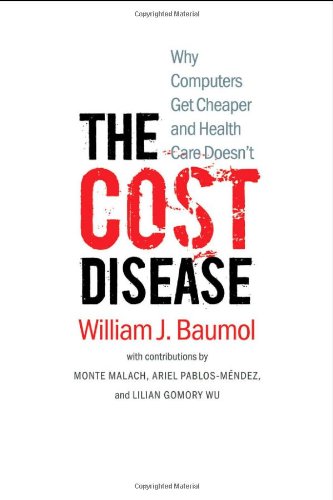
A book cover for The Cost Disease: Why Computers Get Cheaper and Health Care Doesn't; William J. Baumol; Business & Money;